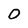
Character: O